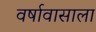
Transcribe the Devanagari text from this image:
वर्षावासाला